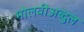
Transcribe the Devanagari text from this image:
मोलवीअब्दुल